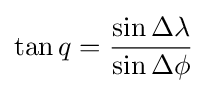
\tan q={\frac {\sin \Delta \lambda }{\sin \Delta \phi }}